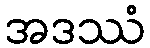
အဒဿံ